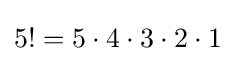
5!=5\cdot 4\cdot 3\cdot 2\cdot 1